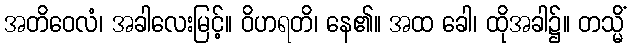
အတိဝေလံ၊ အခါလေးမြင့်။ ဝိဟရတိ၊ နေ၏။ အထ ခေါ၊ ထိုအခါ၌။ တသ္မိံ